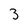
Character: 3